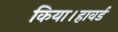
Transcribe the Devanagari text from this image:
किया।हावर्ड